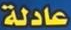
عادلة